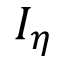
I _ { \eta }